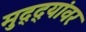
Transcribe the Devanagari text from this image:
मुद्‌द्‌यांवर